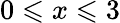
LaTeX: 0\leqslant x\leqslant 3